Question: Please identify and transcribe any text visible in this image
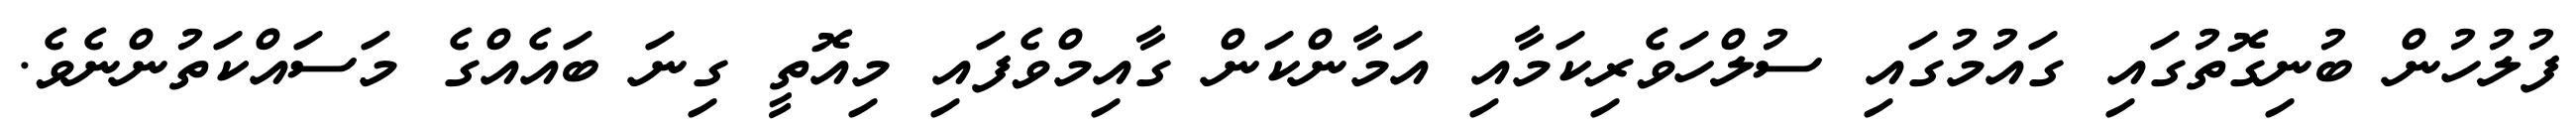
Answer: ފުލުހުން ބުނިގޮތުގައި ގައުމުގައި ސުލްހަވެރިކަމާއި އަމާންކަން ގާއިމްވެފައި މިއޮތީ ގިނަ ބައެއްގެ މަސައްކަތުންނެވެ.